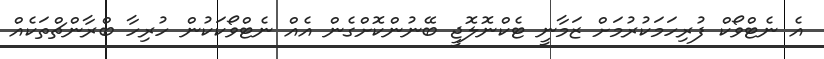
އެ ނެޓްވޯކް ފުރިހަމަކުރުމަށް ޒަމާނީ ޓެކްނޮލޮޖީ ބޭނުންކޮށްގެން އެއް ނެޓްވޯކަކުން ހުރިހާ ބްރާންޗްތަކެއް